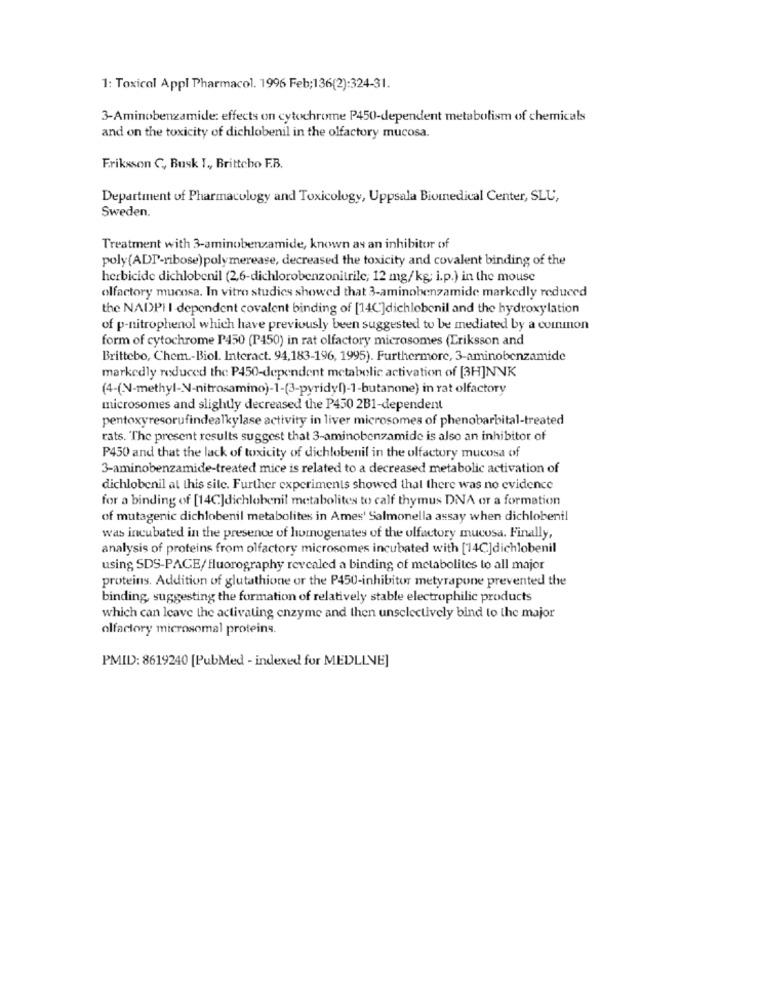
1: Toxicol Appl Pharmacol. 1996 Feb;136(2):324-31.
3-Aminobenzamide: effects on cytochrome P450-dependent metabolism of chemicals
and on the toxicity of dichlobenil in the olfactory mucosa.
Eriksson C ,, Busk I ,, Brittcho F.B.
Department of Pharmacology and Toxicology, Uppsala Biomedical Center, SLU,
Sweden.
Treatment with 3-aminobenzamide, known as an inhibitor of
poly(ADT-ribose) polymerease, decreased the toxicity and covalent binding of the
herbicide dichlobenil (2,6-dichlorobenzonitrile; 12 mg/kg; i.p.) in the mouse
olfactory mucosa. In vitro studies showed that 3-aminobenzamide markedly reduced
the NADPH I -dependent covalent binding of [140']dichlebenil and the hydroxylation
of p-nitrophenol which have previously been suggested to be mediated by a coinmon
form of cytochrome P450 (P450) in rat olfactory microsomes (Lriksson and
Brittebo, Chem .- Biol. Interact. 94,183-196, 1995). Furthermore, 3-aminobenzamide
markedly reduced the P450-dependent metabolic activation of [3H]NNK
(4-(N-methyl-N-nitrosamino)-1-(3-pyridyl)-1-butanone) in rat olfactory
microsomes and slightly decreased the P450 2B1-dependent
pentoxyresorufindealkylase activity in liver microsomes of phenobarbital-treated
rats. The present results suggest that 3-aminobenzamide is also an inhibitor of
P450 and that the lack of toxicity of dichlobenil in the olfactory mucosa of
3-aminobenzamide-treated mice is related to a decreased metabolic activation of
dichlobenil at this site. Further experiments showed that there was no evidence
for a binding of [14C]dichlobenil metabolites to calf thymus DNA or a formation
of mutagenic dichlobenil metabolites in Ames' Salmonella assay when dichlobenil
was incubated in the presence of homogenates of the olfactory mucosa. Finally,
analysis of proteins from olfactory microsomes incubated with [14C]dichlobenil
using SDS-PAGE/ fluorography revealed a binding of metabolites to all major
proteins. Addition of glutathione or the P450-inhibitor metyrapone prevented the
binding, suggesting the formation of relatively stable electrophilic products
which can leave the activating enzyme and then unselectively bind to the major
olfactory microsomal proteins.
PMID: 8619240 [PubMed - indexed for MEDLINE]